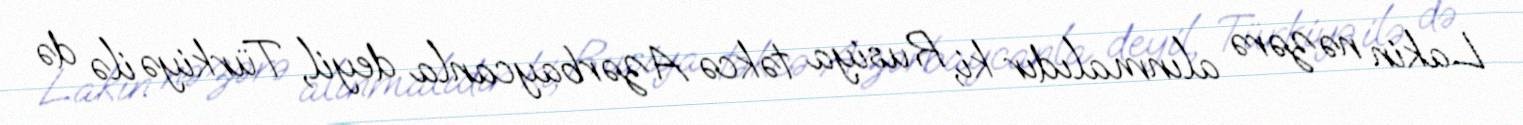
Lakin nəzərə alınmalıdır ki, Rusiya təkcə Azərbaycanla deyil, Türkiyə ilə də